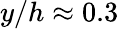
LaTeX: y/h\approx 0.3